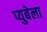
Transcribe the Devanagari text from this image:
प्युबेला